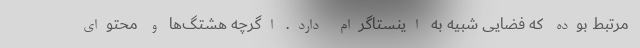
مرتبط بوده که فضایی شبیه به اینستاگرام دارد. اگرچه هشتگ‌ها و محتوای